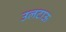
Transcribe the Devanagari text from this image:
उलटाऊ